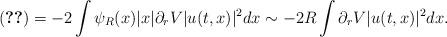
LaTeX: \begin{align*} \eqref{term-4-mora} = - 2\int \psi_R(x) |x| \partial_r V |u(t,x)|^2 dx \sim -2 R \int \partial_rV |u(t,x)|^2 dx. \end{align*}